Annual vaccination report of Bihar and Orissa - 1911-1928
Year: 1911
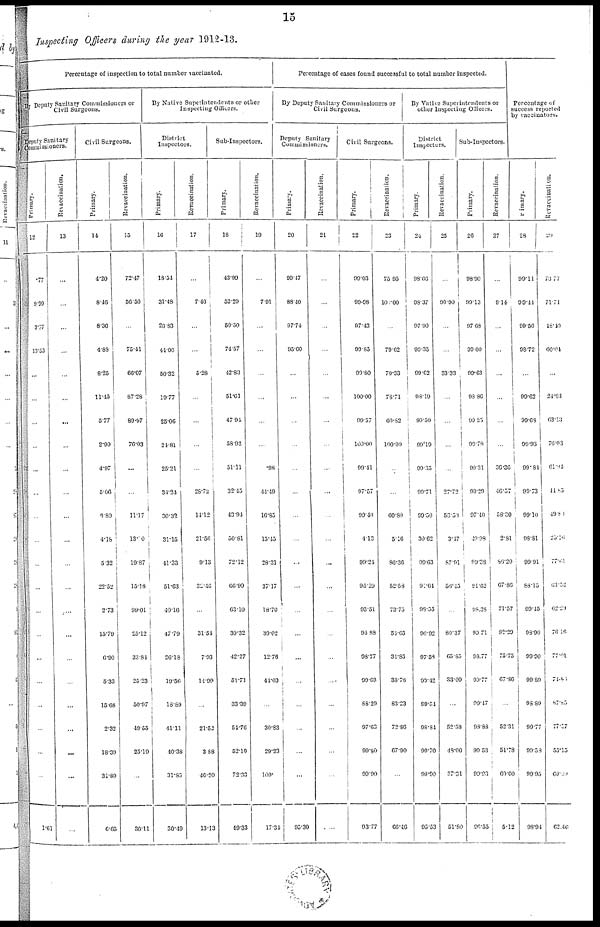
15
Inspecting Officers during the year 1912-13.
Percentage of inspection to total number vaccinated.
By Deputy Sanitary Commissioners or
Civil Surgeons.
Deputy Sanitary
Commissioners.
Primary.
12
.77
9.99
3.77
13.53
...
...
...
...
...
...
...
...
...
...
...
...
...
...
...
...
...
...
1.61
Revaccination.
13
...
...
...
...
...
...
...
...
...
...
...
...
...
...
...
...
...
...
...
...
...
...
...
Civil Surgeons.
Primary.
14
4.20
8.46
8.36
4.88
8.25
11.45
5.77
2.99
4.97
5.66
9.89
4.18
5.32
22.52
2.73
15.79
6.90
5.33
15.68
2.32
18.39
31.89
6.65
Revaccination.
15
72.47
50.56
...
75.41
65.07
87.28
89.97
76.03
...
...
11.17
13.20
19.87
15.18
99.01
25.12
33.84
25.23
50.97
49.55
25.19
...
30.11
By Native Superintendents or other
Inspecting Officers.
District
Inspectors.
Primary.
10
18.54
31.48
26.83
41.06
50.32
19.77
25.06
21.81
25.21
34.24
30.32
31.15
41.33
51.63
40.16
47.79
26.18
19.56
18.89
41.11
40.38
31.85
30.49
Revaccination.
17
...
7.46
...
...
5.28
...
...
...
...
28.72
14.12
21.56
9.13
32.46
...
31.54
7.93
11.99
...
21.52
3.88
40.20
13.13
Sub-Inspectors.
Primary.
18
43.99
52.29
50.50
74.57
42.83
51.61
47.94
58.92
51.11
32.45
43.94
50.81
72.12
66.90
63.10
30.32
42.27
51.71
33.39
54.76
52.19
72.33
49.33
Revaccination.
19
...
7.91
...
...
...
...
...
...
.98
44.49
16.85
15.45
28.31
37.17
18.70
30.02
12.76
44.03
...
30.83
29.23
100.
17.34
Percentage of cases found successful to total number inspected.
By Deputy Sanitary Commissioners or
Civil Surgeons.
Deputy Sanitary
Commissioners.
Primary.
20
99.47
88.40
97.74
95.60
...
...
...
...
...
...
...
...
...
...
...
...
...
...
...
...
...
...
95.30
Revaccination.
21
...
...
...
...
...
...
...
...
...
...
...
...
...
...
...
...
...
...
...
...
...
...
...
Civil Surgeons.
Primary.
22
99.03
99.98
97.43
99.85
99.80
100.00
99.57
100.00
99.41
97.57
99.49
4.13
99.24
95.29
93.51
94.88
98.77
99.63
88.29
97.63
09.80
99.90
93.77
Revaccination.
23
75.95
100.00
...
79.62
70.33
78.71
60.82
100.00
...
...
60.80
5.16
80.36
52.58
73.75
54.65
31.85
38.78
83.23
72.86
67.90
...
66.46
By Native Superintendents or
other Inspecting Officers.
District
Inspectors.
Primary.
24
98.66
98.37
97.90
99.35
99.62
98.19
99.50
99.19
99.35
99.71
99.50
30.62
99.63
91.64
98.35
96.92
97.58
99.42
99.54
98.84
99.70
99.90
95.53
Revaccination.
25
...
90.90
...
...
33.33
...
...
...
...
27.72
50.59
3.47
87.91
56.45
...
80.37
65.85
33.09
...
52.58
48.00
37.91
51.80
Sub-Inspectors.
Primary.
26
98.90
99.13
97.68
99.60
99.63
98.86
99.25
99.78
99.31
99.29
97.40
40.98
99.38
91.62
98.38
99.71
93.77
99.77
99.47
98.88 :
99.53
99.93
96.55
Revaccination.
27
...
9.14
...
...
...
...
...
...
36.36
46.57
58.30
2.81
86.20
67.86
71.57
82.29
75.75
67.86
...
52.31
54.78
60.00
5.12
Percentage of
success reported
by vaccinators.
Primary.
28
09.11
99.44
99.56
98.72
...
99.62
99.68
99.93
99.84
99.73
99.10
98.81
99.91
88.15
99.45
98.90
99.90
99.89
98.89
99.77
99.58
99.95
98.94
Revaccination.
29
73.77
71.71
18.10
60.04
...
24.93
63.13
76.03
61.94
41.85
49.80
25.16
77.61
63.52
62.20
76.16
77.01
74.83
87.85
77.57
53.15
69.09
62.46